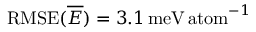
\mathrm { R M S E } ( \overline { { E } } ) = 3 . 1 \, \mathrm { m e V \, a t o m } ^ { - 1 }